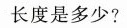
长度是多少?